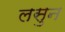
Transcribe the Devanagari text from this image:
लसुन